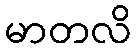
မာတလိ